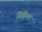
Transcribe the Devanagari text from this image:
सिक्वेला